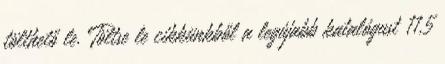
tölthető le. Töltse le cikkünkből a legújabb katalógust 11,5